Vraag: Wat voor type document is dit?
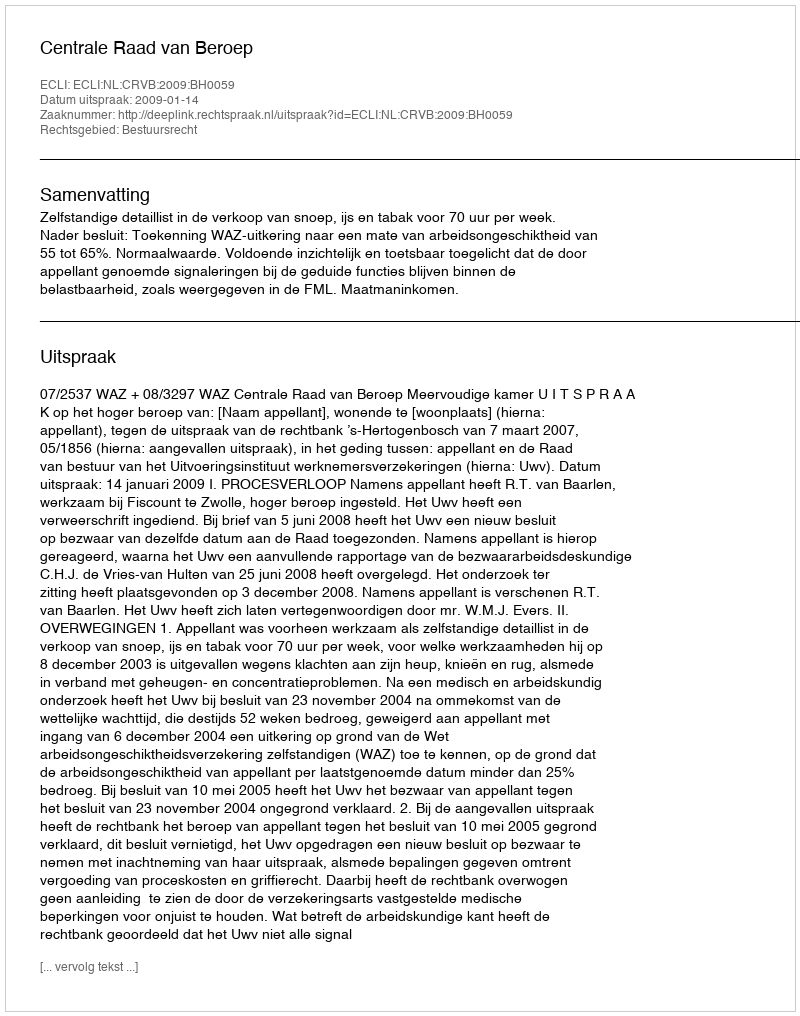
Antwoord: Uitspraak